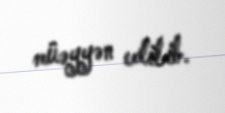
müəyyən edilib.